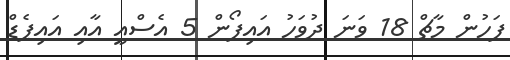
ފަހުން މާޗް 18 ވަނަ ދުވަހު އައިފޯން 5 އެސްއީ އާއި އައިޕެޑް